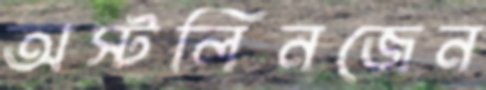
অস্টলিনজেন